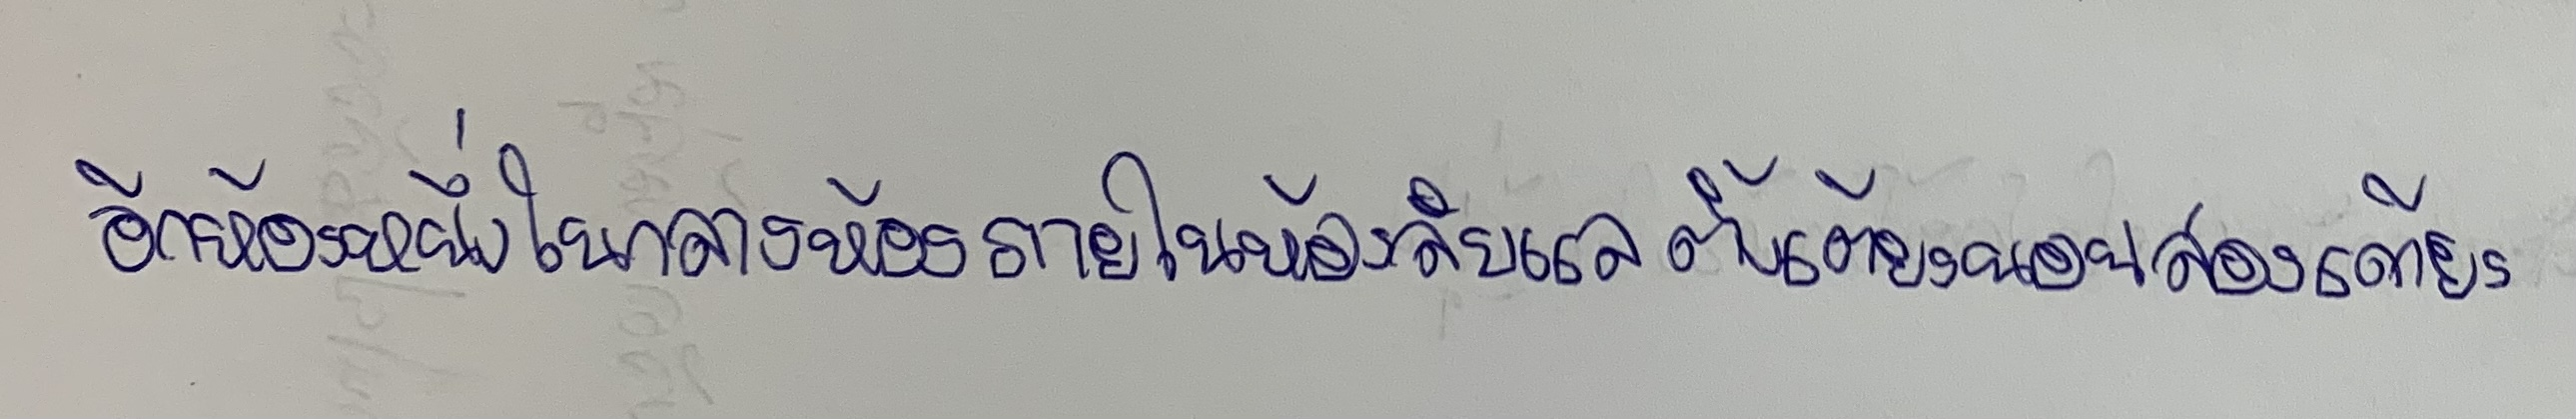
อีกห้องหนึ่งในกลางห้องภายในห้องลับแลตั้งเตียงนอนสองเตียง